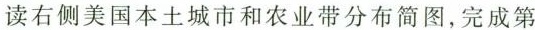
读右侧美国本土城市和农业带分布简图，完成第